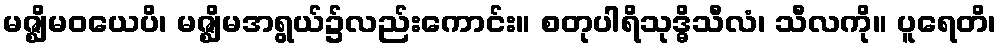
မဇ္ဈိမဝယေပိ၊ မဇ္ဈိမအရွယ်၌လည်းကောင်း။ စတုပါရိသုဒ္ဓိသီလံ၊ သီလကို။ ပူရေတိ၊